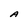
Character: A